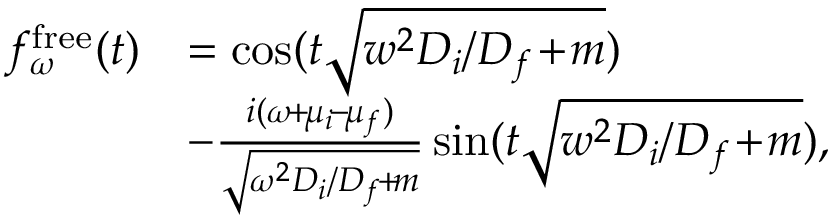
\begin{array} { r l } { f _ { \omega } ^ { \mathrm { f r e e } } ( t ) } & { = \cos ( t \sqrt { w ^ { 2 } D _ { i } / D _ { f } \! + \! m } ) } \\ & { - \frac { i ( \omega \! + \! \mu _ { i } \! - \! \mu _ { f } ) } { \sqrt { \omega ^ { 2 } D _ { i } / D _ { f } \! + \! m } } \sin ( t \sqrt { w ^ { 2 } D _ { i } / D _ { f } \! + \! m } ) , } \end{array}